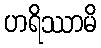
ဟရိဿာမိ